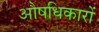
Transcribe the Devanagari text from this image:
औषधिकारों